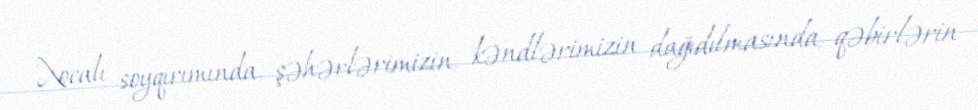
Xocalı soyqırımında, şəhərlərimizin, kəndlərimizin dağıdılmasında, qəbirlərin